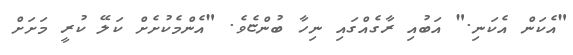
"އެކަން އެކަނި." އަބުއި ރާގެއްގައި ނިހާ ބުންޏެވެ. "އެންމެކުށެށް ކަލޭ ކުރީ މަށަށް